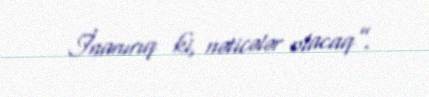
İnanırıq ki, nəticələr olacaq”.